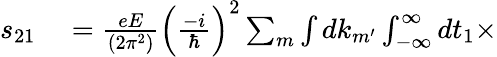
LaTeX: \begin{array}{rl}{s_{21}}&{{}=\frac{eE}{(2\pi^{2})}\Big(\frac{-i}{\hbar}\Big)^{2}\sum_{m}\int dk_{m^{\prime}}\int_{-\infty}^{\infty}dt_{1}\times}\end{array}